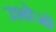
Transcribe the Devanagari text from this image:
उशोजो